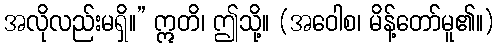
အလိုလည်းမရှိ။” ဣတိ၊ ဤသို့။ (အဝေါစ၊ မိန့်တော်မူ၏။)